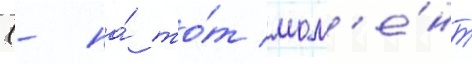
(- на́ то́т мом'е́нт